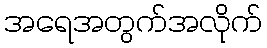
အရေအတွက်အလိုက်